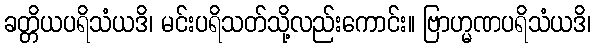
ခတ္တိယပရိသံယဒိ၊ မင်းပရိသတ်သို့လည်းကောင်း။ ဗြာဟ္မဏပရိသံယဒိ၊